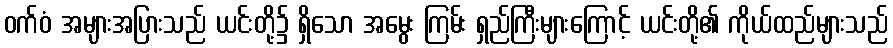
ဝက်ဝံ အများအပြားသည် ယင်းတို့၌ ရှိသော အမွေး ကြမ်း ရှည်ကြီးများကြောင့် ယင်းတို့၏ ကိုယ်ထည်များသည်